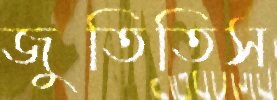
জুতিতিস